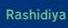
rashidiya